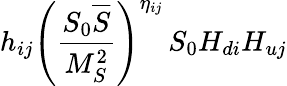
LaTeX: h_{ij}\left(\frac{S_{0}{\overline{{S}}}}{M_{S}^{2}}\right)^{\eta_{ij}}\, S_{0}H_{di}H_{uj}